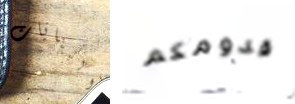
البنايات قدومكم